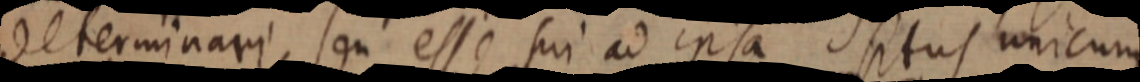
determinari, seu esse sui ad ipsa situs unicum